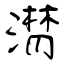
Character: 潸